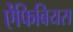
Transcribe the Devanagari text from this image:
ऐंफिबियस